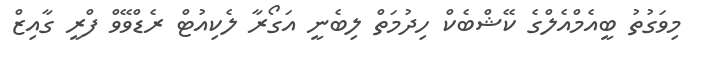
މިވަގުތު ބީއެމްއެލްގެ ކޭޝްބެކް ހިދުމަތް ލިބެނީ އަގޯރާ ލެކިއުޓް ރެޑްވޭވް ފްރީ ގާއިޒް